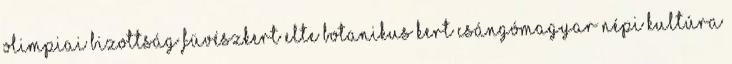
Olimpiai Bizottság Füvészkert ELTE Botanikus Kert Csángómagyar népi kultúra